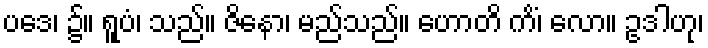
ပဒေ၊ ၌။ ရူပံ၊ သည်။ ဇိနော၊ မည်သည်။ ဟောတိ ကိံ၊ လော။ ဥဒါဟု၊